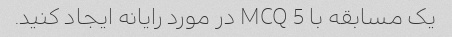
یک مسابقه با 5 MCQ در مورد رایانه ایجاد کنید.